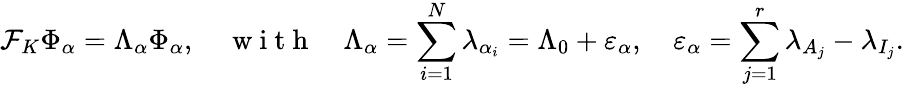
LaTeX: \mathcal{F}_{K}\Phi_{\alpha}=\Lambda_{\alpha}\Phi_{\alpha},\quad\mathrm{~w~i~t~h~}\quad\Lambda_{\alpha}=\sum_{i=1}^{N}\lambda_{\alpha_{i}}=\Lambda_{0}+\varepsilon_{\alpha},\quad\varepsilon_{\alpha}=\sum_{j=1}^{r}\lambda_{A_{j}}-\lambda_{I_{j}}.